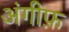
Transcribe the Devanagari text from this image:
अंगीफ़